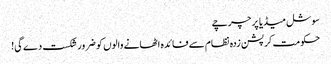
سوشل میڈیا پر چرچے
حکومت کرپشن زدہ نظام سے فائدہ اٹھانے والوں کو ضرور شکست دے گی!